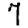
Digit: 7